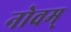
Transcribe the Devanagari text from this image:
नोवम्